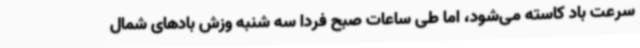
سرعت باد کاسته می‌شود، اما طی ساعات صبح فردا سه شنبه وزش بادهای شمال